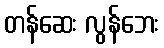
တန်ဆေး လွန်ဘေး